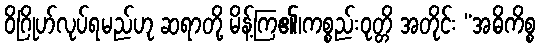
ဝိဂြိုဟ်လုပ်ရမည်ဟု ဆရာတို့ မိန့်ကြ၏၊ကစ္စည်းဝုတ္တိ အတိုင်း “အဓိကိစ္စ